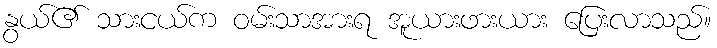
နွယ်၏ သားငယ်က ဝမ်းသာအားရ အူယားဖားယား ပြေးလာသည်။